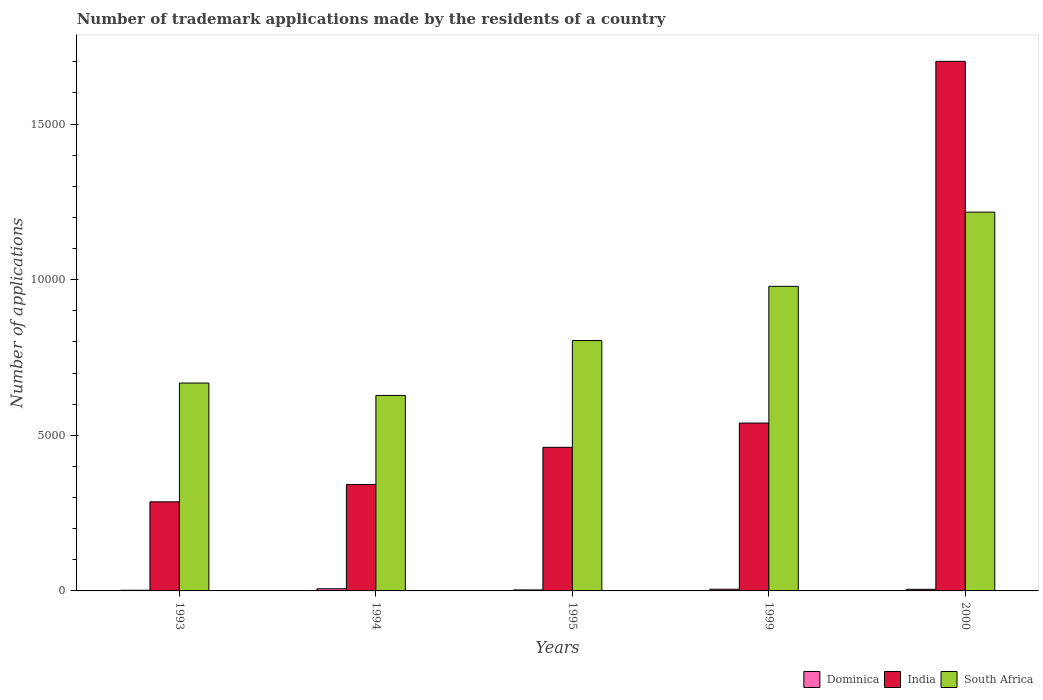
| Years | Dominica | India | South Africa |
 | --- | --- | --- | --- |
 | 1993 | 21 | 2.86e+03 | 6.68e+03 |
 | 1994 | 70 | 3.42e+03 | 6.28e+03 |
 | 1995 | 32 | 4.61e+03 | 8.04e+03 |
 | 1999 | 54 | 5.39e+03 | 9.78e+03 |
 | 2000 | 52 | 1.7e+04 | 1.22e+04 |